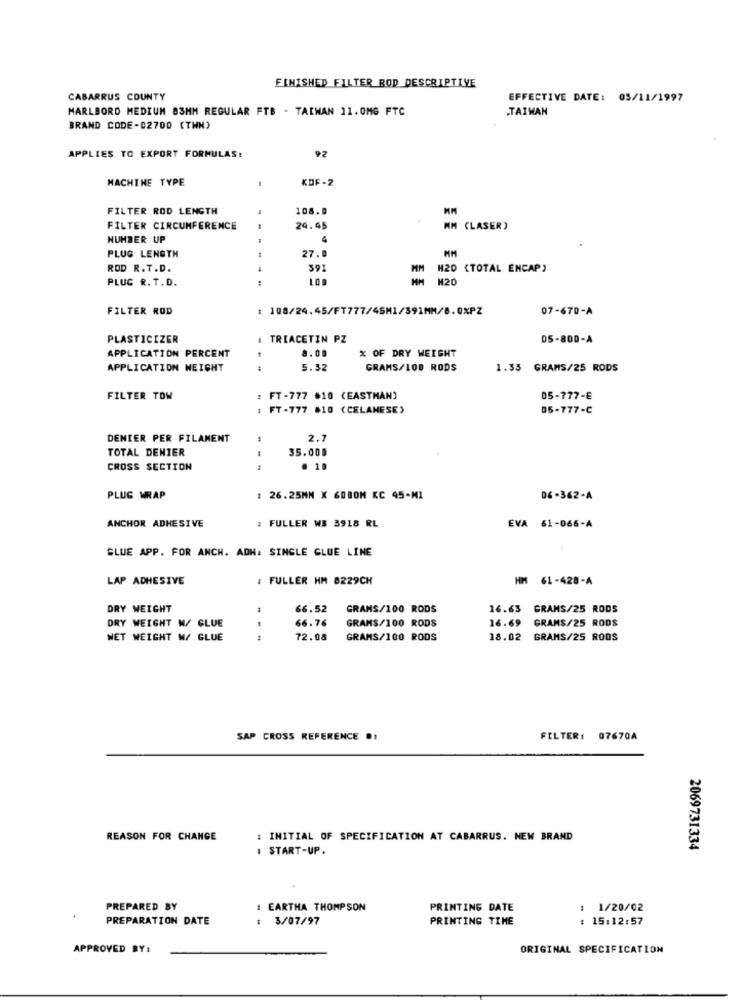
FINISHED FILTER ROD DESCRIPTIVE
CABARRUS COUNTY
EFFECTIVE DATE: 05/11/1997
MARLBORO MEDIUM 83MM REGULAR FTB - TAIWAN 11.0MG FTC
TAIWAN
BRAND CODE-02700 (TWN)
92
APPLIES TO EXPORT FORMULAS:
MACHINE TYPE
KOF-2
FILTER ROD LENGTH
108.0
FILTER CIRCUMFERENCE
29.45
MM (LASER)
NUMBER UP
4
PLUG LENGTH
27.0
MM
ROD R.T.D.
391
H20 (TOTAL ENCAP)
PLUG R. T.D.
H20
FILTER ROD
1 108/24.45/FT777/45M1/391MM/8.0%PZ
07-670-A
PLASTICIZER
: TRIACETIN PZ
05-800-A
APPLICATION PERCENT
8.00
% OF DRY WEIGHT
APPLICATION WEIGHT
5.32
GRAMS/100 RODS
1.33 GRAMS/25 RODS
FILTER TOW
: FT-777 #10 (EASTMAN)
05-777-E
FT -777 810 (CELANESE)
05-777-C
DENIER PER FILAMENT
2.7
TOTAL DENIER
35.000
CROSS SECTION
@ 10
PLUG WRAP
: 26.25MM X 60BOM KC 45-MI
DE-362-A
ANCHOR ADHESIVE
: FULLER WS 3918 RL
EVA 61-066-A
GLUE APP. FOR ANCH. ADH: SINGLE GLUE LINE
LAP ADHESIVE
: FULLER HM 8229CH
HM 61-428-A
DRY WEIGHT
66.52
GRAMS/100 RODS
16.63 GRAMS/25 RODS
DRY WEIGHT W/ GLUE
66.76
GRAMS/100 RODS
16.69
GRANS/25 RODS
NET WEIGHT M/ GLUE
---
72.08
GRAMS/100 RODS
18.02 GRAMS/25 RODS
SAP CROSS REFERENCE ..
FILTER: 07670A
REASON FOR CHANGE
: INITIAL OF SPECIFICATION AT CABARRUS. NEW BRAND
I START-UP.
2069731334
PREPARED BY
: EARTHA THOMPSON
PRINTING DATE
: 1/20/02
PREPARATION DATE
: 3/07/97
PRINTING TIME
: 15:12:57
APPROVED BY:
ORIGINAL SPECIFICATION